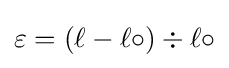
\varepsilon =(\ell -\ell \circ )\div \ell \circ